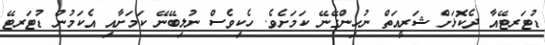
ޑުޓަރޓޭއާ ދެކޮޅަށް ޝަރީއަތް ނުހިންގޭނޭ ކަމަށެވެ. ހެކިވެސް ނުލިބޭނޭ ކަމަށާއި އެކަމުން ޑުޓަރޓޭ